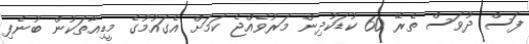
ފަސް ދުވަސް ތެރޭ 60 ކުޑަކުދިން މަރުވެއްޖެ ކަމަށް އެގައުމުގެ މީޑިއާތަކުން ބުނެފި